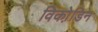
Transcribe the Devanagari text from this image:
विको़डिन